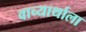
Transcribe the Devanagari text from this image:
वाच्यार्थाला